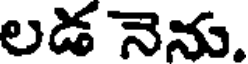
లడ నెను.